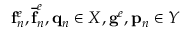
\mathbf { f } _ { n } ^ { e } , \mathbf { \overline { { f } } } _ { n } ^ { e } , \mathbf { q } _ { n } \in X , \mathbf { g } ^ { e } , \mathbf { p } _ { n } \in Y